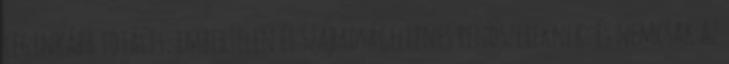
leginkább totális, embertelen és szabadságellenes rendszereknek: és nemcsak az